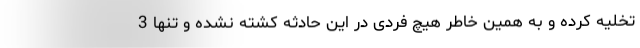
تخلیه کرده و به همین خاطر هیچ فردی در این حادثه کشته نشده و تنها 3